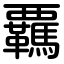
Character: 覊